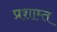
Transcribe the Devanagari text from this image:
प्रशाम्त